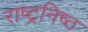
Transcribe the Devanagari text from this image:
राष्ट्रनिष्ठ